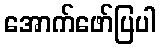
အောက်ဖော်ပြပါ